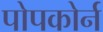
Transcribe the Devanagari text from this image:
पोपकोर्न